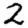
Digit: 2